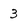
Character: 3